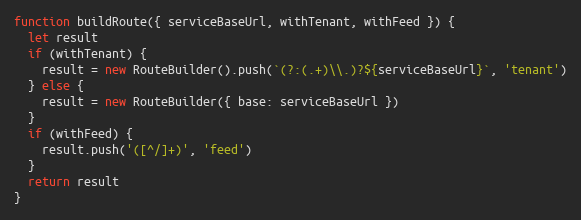
Language: JavaScript
function buildRoute({ serviceBaseUrl, withTenant, withFeed }) {
  let result
  if (withTenant) {
    result = new RouteBuilder().push(`(?:(.+)\\.)?${serviceBaseUrl}`, 'tenant')
  } else {
    result = new RouteBuilder({ base: serviceBaseUrl })
  }
  if (withFeed) {
    result.push('([^/]+)', 'feed')
  }
  return result
}